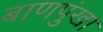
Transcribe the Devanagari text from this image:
बाणपुंखा